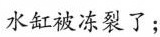
水缸被冻裂了；